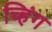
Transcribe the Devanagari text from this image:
च्हिंग